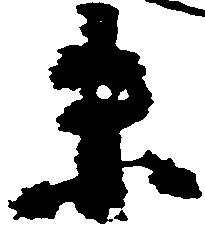
末